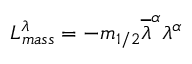
{ \cal L } _ { m a s s } ^ { \lambda } = - m _ { 1 / 2 } \overline { { { \lambda } } } ^ { \alpha } \lambda ^ { \alpha }